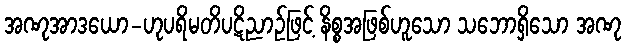
အဏုအာဒယော-ဟုပရိမတိပဋိညာဉ်ဖြင့် နိစ္စအဖြစ်ဟူသော သဘောရှိသော အဏု